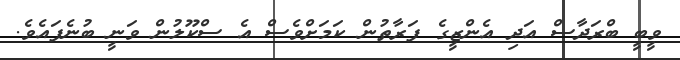
ވީބީ ބްރަދާސް އަދި އެންޒީގެ ފަރާތުން ކަމަށްވެސް އެ ސްކޫލުން ވަނީ ބުނެފައެވެ.